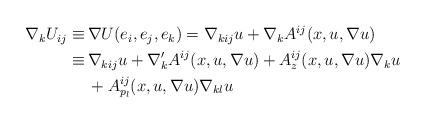
\begin{align*}\begin{aligned}\nabla_k U_{ij} \equiv \,& \nabla U (e_i, e_j, e_k) = \nabla_{kij} u + \nabla_k A^{ij} (x, u, \nabla u) \\ \equiv \,& \nabla_{kij} u + \nabla'_k A^{ij} (x, u, \nabla u) + A^{ij}_z (x, u, \nabla u) \nabla_k u \\ & + A^{ij}_{p_l} (x, u, \nabla u) \nabla_{kl} u \end{aligned}\end{align*}